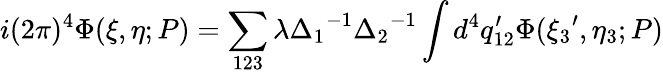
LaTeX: i(2\pi)^{4}\Phi(\xi,\eta;P)=\sum_{123}\lambda{\Delta_{1}}^{-1}{\Delta_{2}}^{-1}\int d^{4}q_{12}^{\prime}\Phi({\xi_{3}}^{\prime},{\eta_{3}};P)